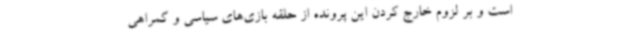
است و بر لزوم خارج کردن این پرونده از حلقه بازی‌های سیاسی و گمراهی